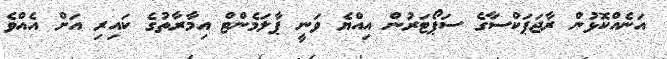
އަނެއްކޮޅުން ރާޖަޕަކްސާގެ ސަޕޯޓަރުން އިއްޔެ ވަނީ ޕާލަމެންްޓް އިމާރާތުގެ ކައިރި އަށް އެއްވެ